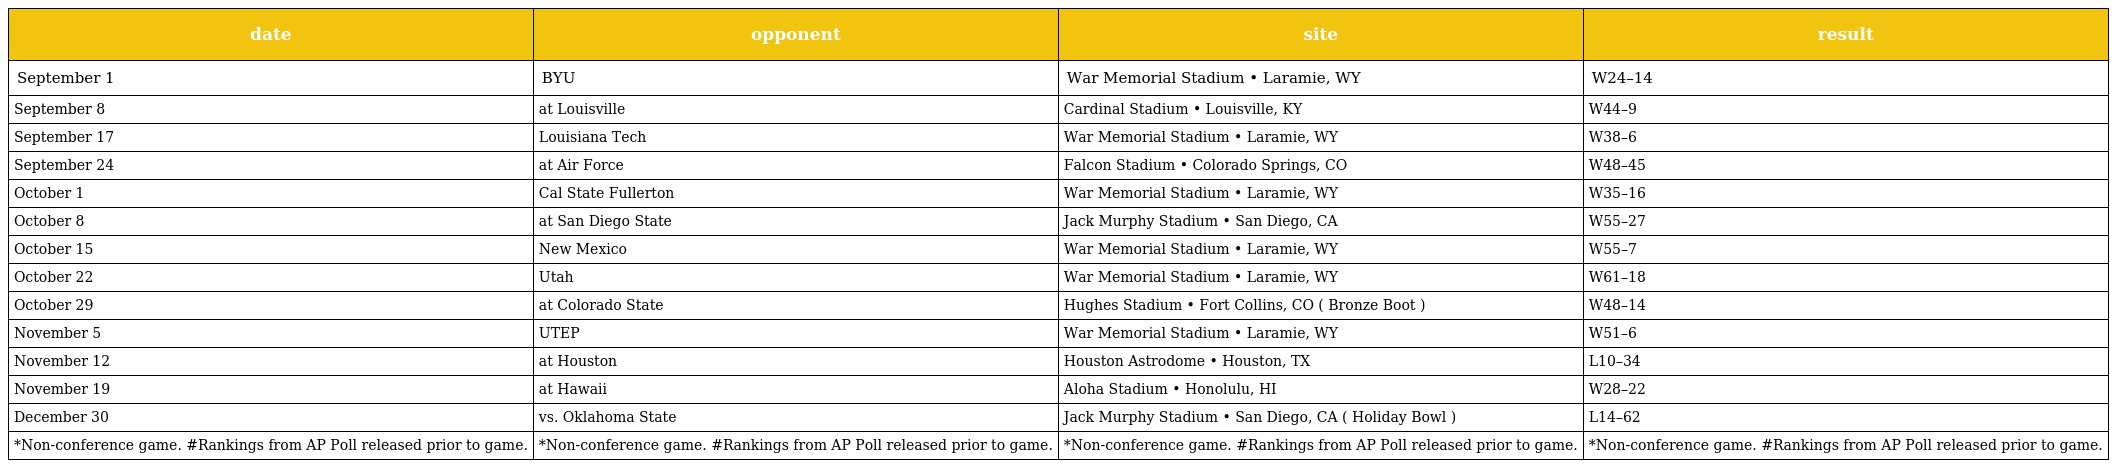
| date | opponent | site | result |
 | --- | --- | --- | --- |
 | September 1 | BYU | War Memorial Stadium • Laramie, WY | W24–14 |
 | September 8 | at Louisville | Cardinal Stadium • Louisville, KY | W44–9 |
 | September 17 | Louisiana Tech | War Memorial Stadium • Laramie, WY | W38–6 |
 | September 24 | at Air Force | Falcon Stadium • Colorado Springs, CO | W48–45 |
 | October 1 | Cal State Fullerton | War Memorial Stadium • Laramie, WY | W35–16 |
 | October 8 | at San Diego State | Jack Murphy Stadium • San Diego, CA | W55–27 |
 | October 15 | New Mexico | War Memorial Stadium • Laramie, WY | W55–7 |
 | October 22 | Utah | War Memorial Stadium • Laramie, WY | W61–18 |
 | October 29 | at Colorado State | Hughes Stadium • Fort Collins, CO ( Bronze Boot ) | W48–14 |
 | November 5 | UTEP | War Memorial Stadium • Laramie, WY | W51–6 |
 | November 12 | at Houston | Houston Astrodome • Houston, TX | L10–34 |
 | November 19 | at Hawaii | Aloha Stadium • Honolulu, HI | W28–22 |
 | December 30 | vs. Oklahoma State | Jack Murphy Stadium • San Diego, CA ( Holiday Bowl ) | L14–62 |
 | *Non-conference game. #Rankings from AP Poll released prior to game. | *Non-conference game. #Rankings from AP Poll released prior to game. | *Non-conference game. #Rankings from AP Poll released prior to game. | *Non-conference game. #Rankings from AP Poll released prior to game. |